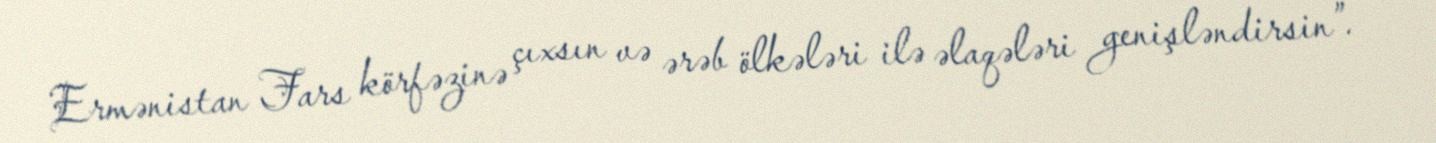
Ermənistan Fars körfəzinə çıxsın və ərəb ölkələri ilə əlaqələri genişləndirsin”.